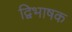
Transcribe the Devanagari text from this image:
द्विभाषक